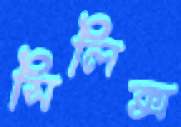
সিলিক্স